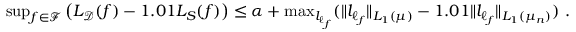
\begin{array} { r } { \operatorname* { s u p } _ { f \in \mathcal { F } } \left( L _ { \mathcal { D } } ( f ) - 1 . 0 1 L _ { S } ( f ) \right) \leq \alpha + \operatorname* { m a x } _ { l _ { \ell _ { f } } } ( \Vert l _ { \ell _ { f } } \Vert _ { L _ { 1 } ( \mu ) } - 1 . 0 1 \Vert l _ { \ell _ { f } } \Vert _ { L _ { 1 } ( \mu _ { n } ) } ) ~ . } \end{array}